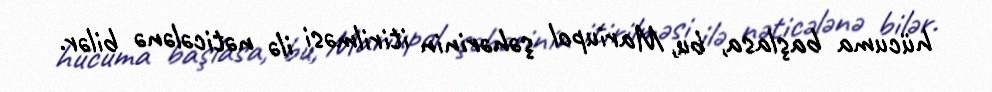
hücuma başlasa, bu, Mariupol şəhərinin itirilməsi ilə nəticələnə bilər.